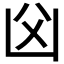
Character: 𠚁